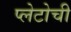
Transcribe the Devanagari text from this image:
प्लेटोची